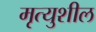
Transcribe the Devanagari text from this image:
मृत्युशील